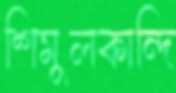
শিমুলকান্দি